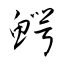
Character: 鰐